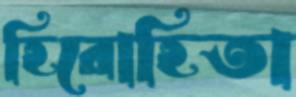
হিরোহিতা